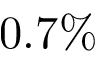
0 . 7 \%